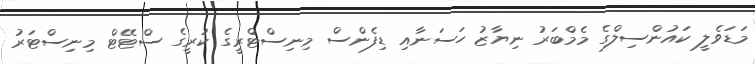
މަޑަވެލީ ކައުންސިލްގެ މެމްބަރު ނިޔާޒު ހަސަނާއި ޑިފެންސް މިނިސްޓްރީގެ ކުރީގެ ސްޓޭޓް މިނިސްޓަރު